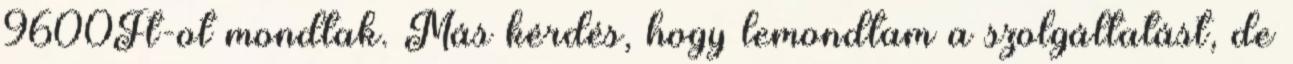
9600Ft-ot mondtak. Más kérdés, hogy lemondtam a szolgáltatást, de